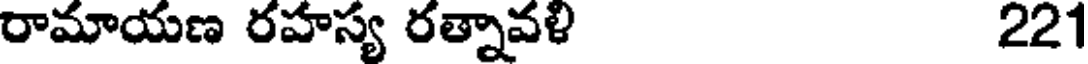
రామాయణ రహస్య రత్నావళి 221